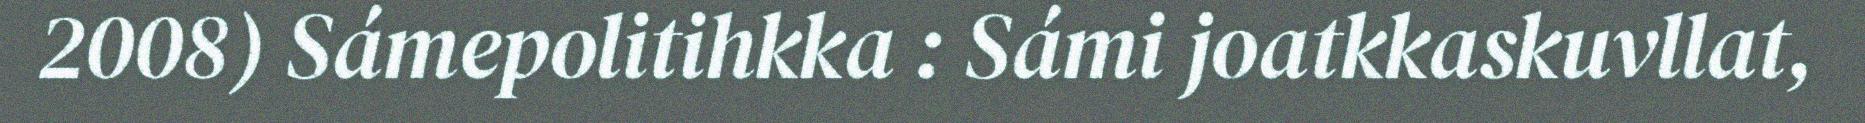
2008) Sámepolitihkka : Sámi joatkkaskuvllat,